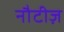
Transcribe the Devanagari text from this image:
नौटीज़